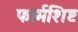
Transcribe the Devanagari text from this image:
फार्मशिष्ट